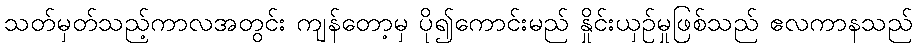
သတ်မှတ်သည့်ကာလအတွင်း ကျန်တော့မှ ပို၍ကောင်းမည် နှိုင်းယှဉ်မှုဖြစ်သည် ဧလကာနသည်